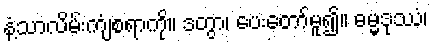
နံ့သာလိမ်းကျံစရာကို။ ဒတွာ၊ ပေးတော်မူ၍။ ဓမ္မဒုဿံ၊